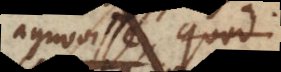
agnovisse quod